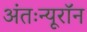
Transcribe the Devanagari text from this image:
अंतःन्यूरॉन